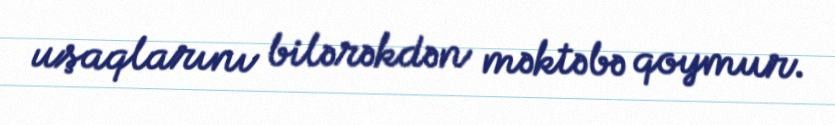
uşaqlarını bilərəkdən məktəbə qoymur.